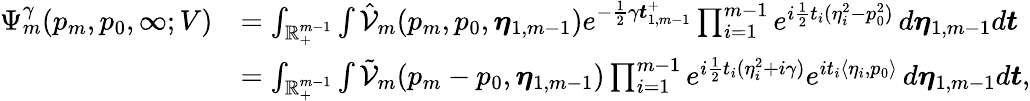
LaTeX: \begin{array}{rl}{\Psi_{m}^{\gamma}(p_{m},p_{0},\infty;V)}&{=\int_{\mathbb{R}_{+}^{m-1}}\int\hat{\mathcal{V}}_{m}(p_{m},p_{0},\boldsymbol{\eta}_{1,m-1})e^{-\frac{1}{2}\gamma\boldsymbol{t}_{1,m-1}^{+}}\prod_{i=1}^{m-1}e^{i\frac{1}{2}t_{i}(\eta_{i}^{2}-p_{0}^{2})}\, d\boldsymbol{\eta}_{1,m-1}d\boldsymbol{t}}\\ &{=\int_{\mathbb{R}_{+}^{m-1}}\int\tilde{\mathcal{V}}_{m}(p_{m}-p_{0},\boldsymbol{\eta}_{1,m-1})\prod_{i=1}^{m-1}e^{i\frac{1}{2}t_{i}(\eta_{i}^{2}+i\gamma)}e^{it_{i}\langle\eta_{i},p_{0}\rangle}\, d\boldsymbol{\eta}_{1,m-1}d\boldsymbol{t},}\end{array}